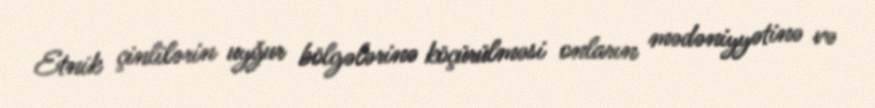
Etnik çinlilərin uyğur bölgələrinə köçürülməsi onların mədəniyyətinə və